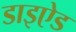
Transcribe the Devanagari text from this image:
डाइऐड